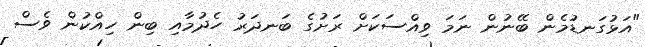
"އަޅުގަނޑުމެން ބޭނުން ނަމަ ވިއްސަކަށް ރަށުގެ ބަނދަރު ހެދުމާއި ބިން ހިއްކުން ވެސް